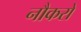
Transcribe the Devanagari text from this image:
नौकरो